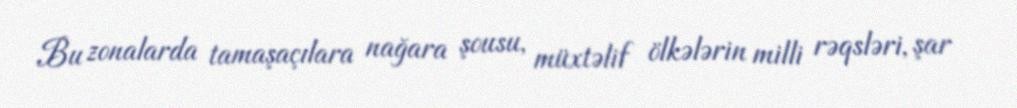
Bu zonalarda tamaşaçılara nağara şousu, müxtəlif ölkələrin milli rəqsləri, şar